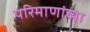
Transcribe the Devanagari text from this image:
परिमाणांच्या